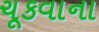
ચૂકવાના